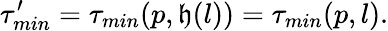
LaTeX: \tau_{min}^{\prime}=\tau_{min}(p,\mathfrak{h}(l))=\tau_{min}(p,l).